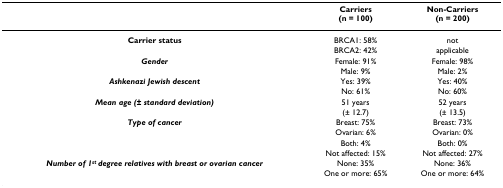
|  | Carriers(n = 100) | Non-Carriers(n = 200) |
 | --- | --- | --- |
 | Carrier status | BRCA1: 58% | not |
 |  | BRCA2: 42% | applicable |
 | Gender | Female: 91% | Female: 98% |
 |  | Male: 9% | Male: 2% |
 | Ashkenazi Jewish descent | Yes: 39% | Yes: 40% |
 |  | No: 61% | No: 60% |
 | Mean age (± standard deviation) | 51 years | 52 years |
 |  | (± 12.7) | (± 13.5) |
 | Type of cancer | Breast: 75% | Breast: 73% |
 |  | Ovarian: 6% | Ovarian: 0% |
 |  | Both: 4% | Both: 0% |
 |  | Not affected: 15% | Not affected: 27% |
 | Number of 1st degree relatives with breast or ovarian cancer | None: 35% | None: 36% |
 |  | One or more: 65% | One or more: 64% |